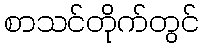
စာသင်တိုက်တွင်